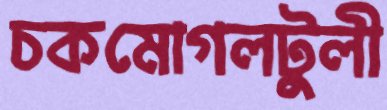
চকমোগলটুলী